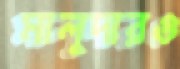
মালুদারও